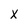
Character: X